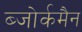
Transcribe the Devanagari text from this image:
ब्जोर्कमैन